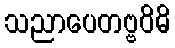
သညာပေတဗ္ဗဝိဓိ